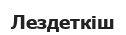
Лездеткіш